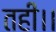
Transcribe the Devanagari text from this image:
तहीं।।